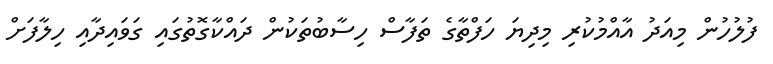
ފުލުހުން މިއަދު އާއްމުކުރި މިދިޔަ ހަފްތާގެ ތަފާސް ހިސާބުތަކުން ދައްކާގޮތުގައި ގަވައިދާއި ހިލާފަށް